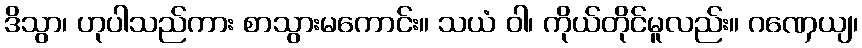
ဒိသွာ၊ ဟုပါသည်ကား စာသွားမကောင်း။ သယံ ဝါ၊ ကိုယ်တိုင်မူလည်း။ ဂဏှေယျ၊